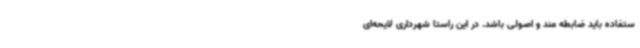
ستفاده باید ضابطه مند و اصولی باشد. در این راستا شهرداری لایحه‌ای